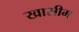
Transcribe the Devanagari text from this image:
खासीम